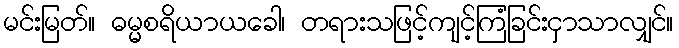
မင်းမြတ်။ ဓမ္မစရိယာယခေါ၊ တရားသဖြင့်ကျင့်ကြံခြင်းငှာသာလျှင်။